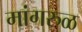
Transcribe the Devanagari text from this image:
मांगरुळ